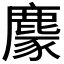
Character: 𪋁